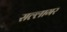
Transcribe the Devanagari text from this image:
सल्लागर